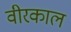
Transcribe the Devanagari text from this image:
वीरकाल